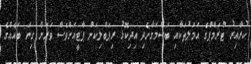
ކުރާއިރު ޓްރަމްޕްގެ އަމަލުތަކާއި ބަސްމަގާހެދި އިދިކޮޅު ރިޕަބްލިކަން ޕާޓީއަށްވެސް ވަރަށް ގިނަ ބައެއްގެ